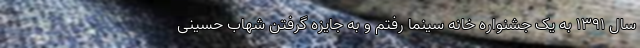
سال ۱۳۹۱ به یک جشنواره خانه سینما رفتم و به جایزه گرفتن شهاب حسینی